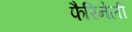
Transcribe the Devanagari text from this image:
फैरिनेली